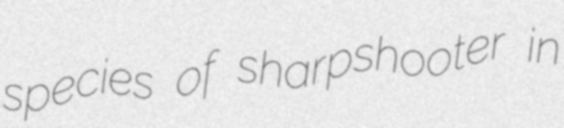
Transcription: species of sharpshooter in